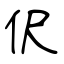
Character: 伬